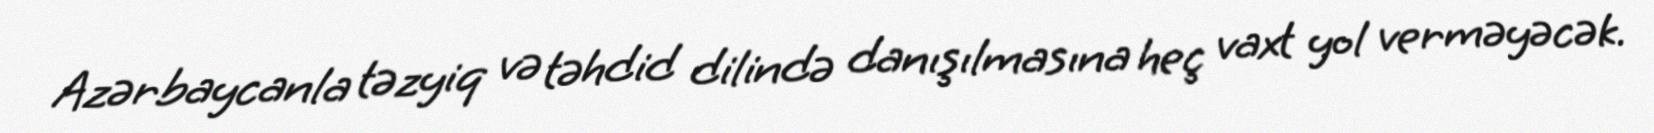
Azərbaycanla təzyiq və təhdid dilində danışılmasına heç vaxt yol verməyəcək.